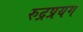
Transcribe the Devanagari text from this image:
रुद्रप्रयग